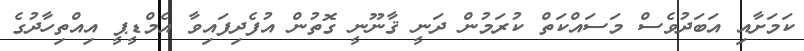
ކަމަށާއި އަބަދުވެސް މަސައްކަތް ކުރަމުން ދަނީ ޤާނޫނީ ގޮތުން އުފެދިފައިވާ އެމްޑީޕީ އިއްތިހާދުގެ